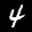
Label: 4